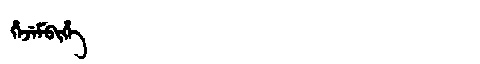
Manchu: ᡥᡝᠵᡝᠮᠪᡳᡥᡝ
Romanization: HEJEMBIHE